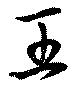
王